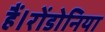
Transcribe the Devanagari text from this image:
हैं।रोंडोनिया